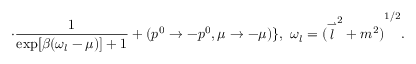
\cdot \frac { 1 } { \exp [ \beta ( \omega _ { l } - \mu ) ] + 1 } + ( p ^ { 0 } \to - p ^ { 0 } , \mu \to - \mu ) \} , \ \omega _ { l } = { ( { \stackrel { \rightharpoonup } { l } } ^ { 2 } + m ^ { 2 } ) } ^ { 1 / 2 } .